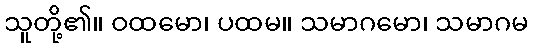
သူတို့၏။ ဝထမော၊ ပထမ။ သမာဂမော၊ သမာဂမ